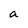
Character: a